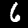
Label: 6